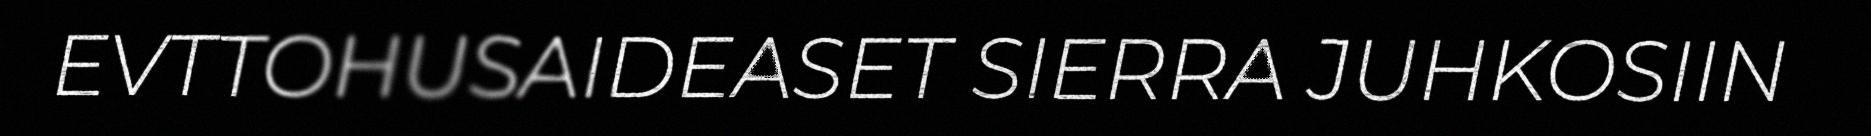
EVTTOHUSAIDEASET SIERRA JUHKOSIIN